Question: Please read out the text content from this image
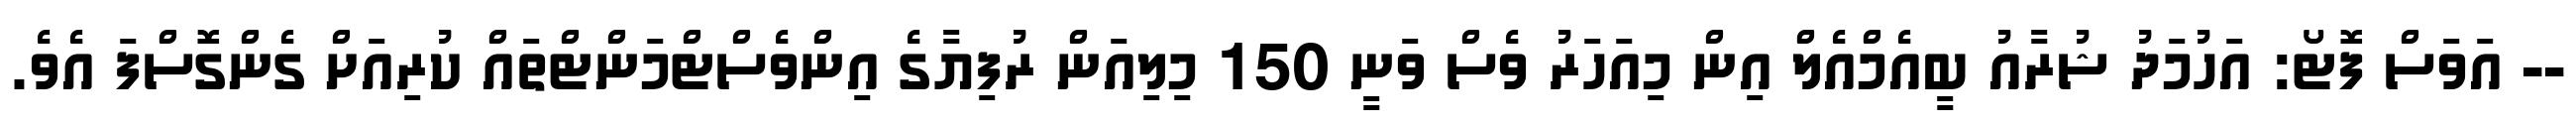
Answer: -- އަވަސް ފޮޓޯ: އަހުމަދު ޝުރާއު ބީއެމްއެލް އިން މިއަހަރު ވެސް ވަނީ 150 މިލިއަން ރުފިޔާގެ އިންވެސްޓްމަންޓްތައް ކުރިއަށް ގެންގޮސްފަ އެވެ.